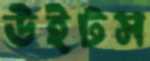
উইটস